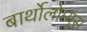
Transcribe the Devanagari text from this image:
बार्थोलोम्यूस